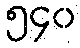
၅၄၀